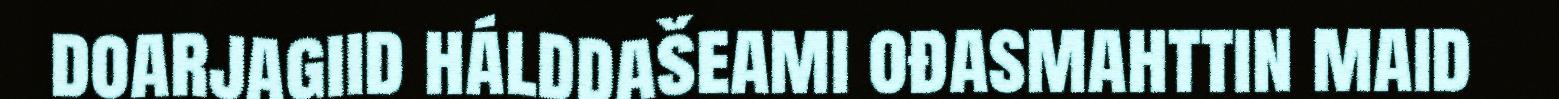
doarjagiid hálddašeami ođasmahttin maid